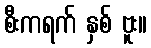
စီးကရက် နှစ် ဗူး။